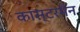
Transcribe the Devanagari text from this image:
कास्टरमैन